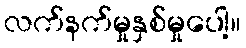
လက်နက်မှုနှစ်မှုပေါ့။